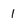
Character: 1